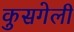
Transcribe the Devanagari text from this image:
कुसगेली